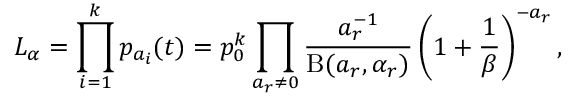
L _ { \alpha } = \prod _ { i = 1 } ^ { k } p _ { a _ { i } } ( t ) = p _ { 0 } ^ { k } \prod _ { a _ { r } \neq 0 } \frac { a _ { r } ^ { - 1 } } { \mathrm { B } ( a _ { r } , \alpha _ { r } ) } \left( 1 + \frac { 1 } { \beta } \right) ^ { - a _ { r } } ,